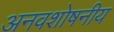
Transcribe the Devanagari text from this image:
अनवशोषनीय